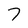
Character: 7